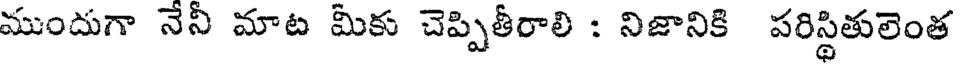
ముందుగా నేనీ మాట మీకు చెప్పితీరాలి : నిజానికి పరిస్థితులెంత